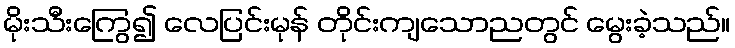
မိုးသီးကြွေ၍ လေပြင်းမုန် တိုင်းကျသောညတွင် မွေးခဲ့သည်။